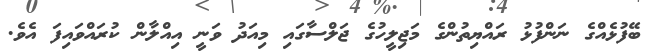
ބޭފުޅެއްގެ ނަންފުޅު ރައްޔިތުންގެ މަޖިލީހުގެ ޖަލްސާގައި މިއަދު ވަނީ އިއްލާން ކުރައްވައިފަ އެވެ.